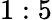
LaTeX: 1:5